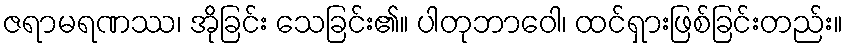
ဇရာမရဏဿ၊ အိုခြင်း သေခြင်း၏။ ပါတုဘာဝေါ၊ ထင်ရှားဖြစ်ခြင်းတည်း။